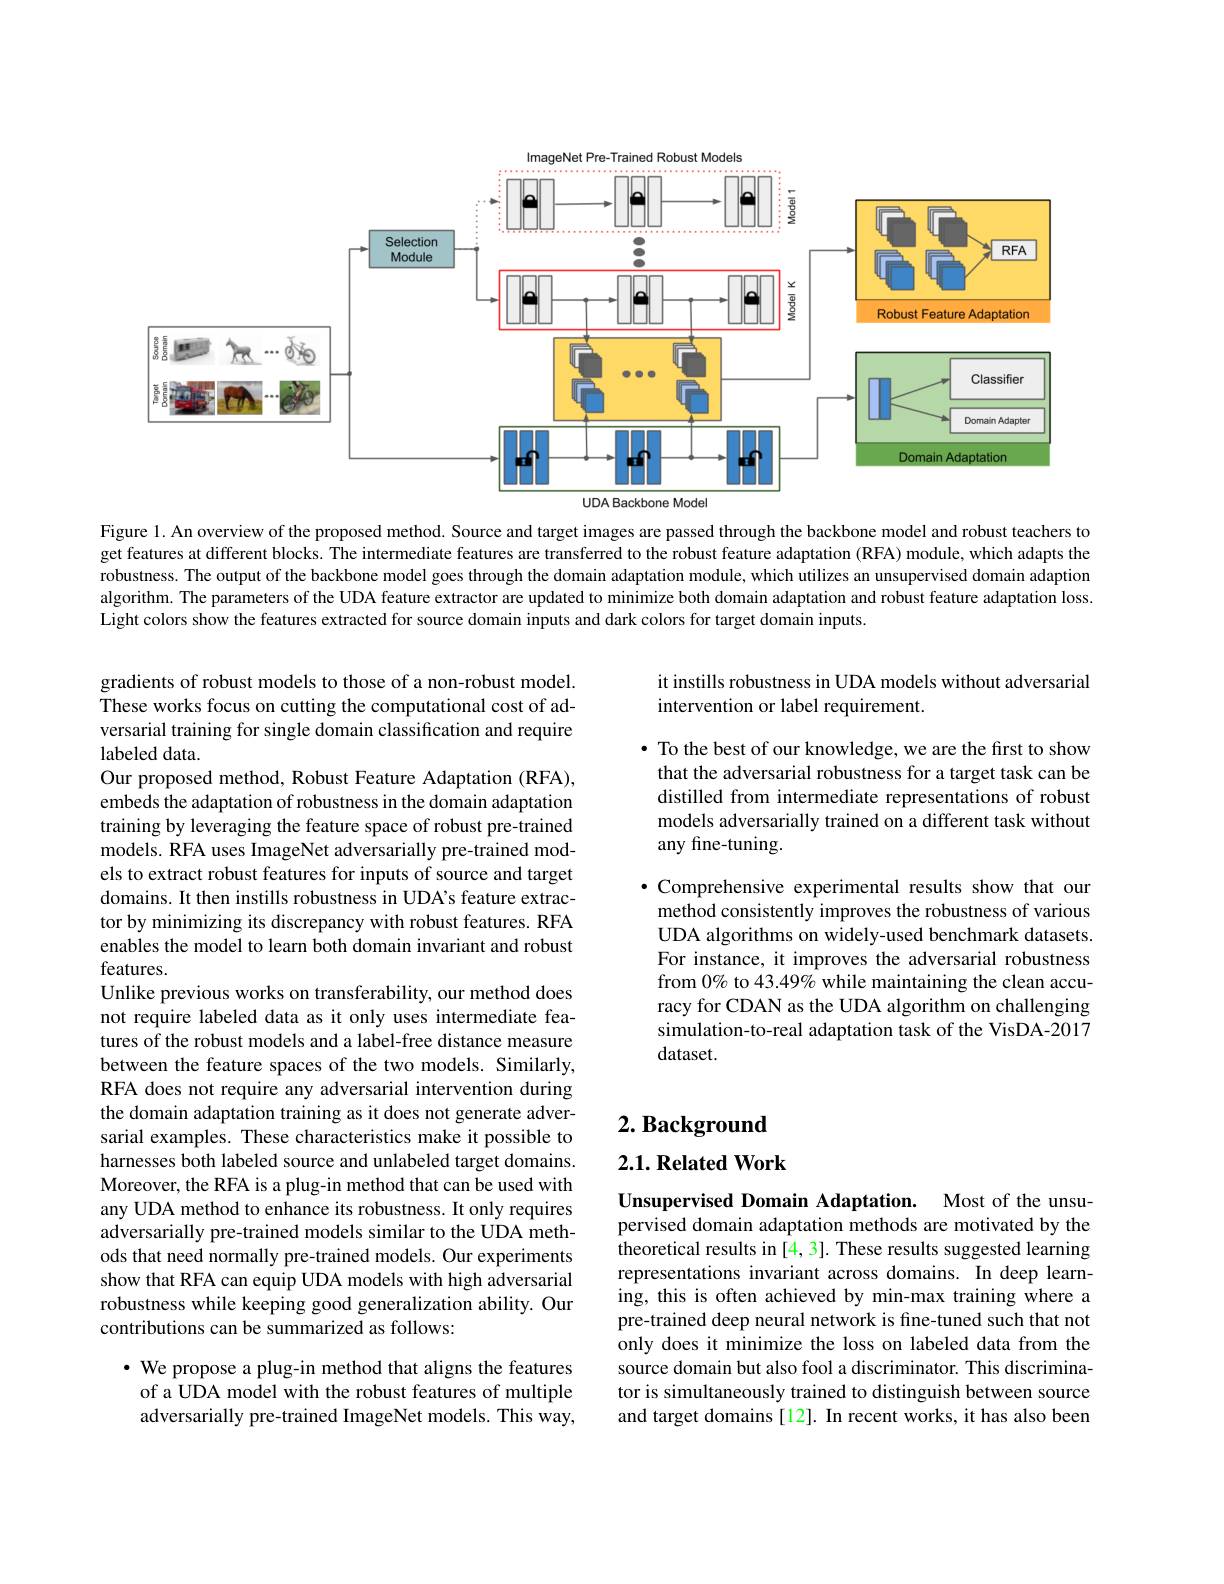
<FigureHere>

Figure 1. An overview of the proposed method. Source and target images are passed through the backbone model and robust teachers to get features at different blocks. The intermediate features are transferred to the robust feature adaptation (RFA) module, which adapts the robustness. The output of the backbone model goes through the domain adaptation module, which utilizes an unsupervised domain adaption algorithm. The parameters of the UDA feature extractor are updated to minimize both domain adaptation and robust feature adaptation loss. Light colors show the features extracted for source domain inputs and dark colors for target domain inputs.

it instills robustness in UDA models without adversarial
intervention or label requirement.

$\bullet$ To the best of our knowledge, we are the first to show that the adversarial robustness for a target task can be distilled from intermediate representations of robust models adversarially trained on a different task without any fine-tuning.

$\bullet$ Comprehensive experimental results show that our method consistently improves the robustness of various UDA algorithms on widely-used benchmark datasets. For instance, it improves the adversarial robustness from $0\%$ to 43.49% while maintaining the clean accuracy for CDAN as the UDA algorithm on challenging simulation-to-real adaptation task of the VisDA-2017 dataset.

gradients of robust models to those of a non-robust model. These works focus on cutting the computational cost of adversarial training for single domain classification and require $labeleddata.$
Our proposed method, Robust Feature Adaptation (RFA), embeds the adaptation of robustness in the domain adaptation training by leveraging the feature space of robust pre-trained models. RFA uses ImageNet adversarially pre-trained models to extract robust features for inputs of source and target domains. It then instills robustness in UDA's feature extractor by minimizing its discrepancy with robust features. RFA enables the model to learn both domain invariant and robust features.
Unlike previous works on transferability, our method does not require labeled data as it only uses intermediate features of the robust models and a label-free distance measure between the feature spaces of the two models. Similarly, RFA does not require any adversarial intervention during the domain adaptation training as it does not generate adversarial examples. These characteristics make it possible to harnesses both labeled source and unlabeled target domains. Moreover, the RFA is a plug-in method that can be used with any UDA method to enhance its robustness. It only requires adversarially pre-trained models similar to the UDA methods that need normally pre-trained models. Our experiments show that RFA can equip UDA models with high adversarial robustness while keeping good generalization ability. Our contributions can be summarized as follows:
$\cdot$ We propose a plug-in method that aligns the features

# $2. \textbf{ Background}$

## $2. 1. \textbf{Related Work}$

Unsupervised Domain Adaptation. Most of the unsupervised domain adaptation methods are motivated by the theoretical results in [4,3]. These results suggested learning representations invariant across domains. In deep learning, this is often achieved by min-max training where a pre-trained deep neural network is fine-tuned such that not only does it minimize the loss on labeled data from the source domain but also fool a discriminator. This discriminator is simultaneously trained to distinguish between source and target domains [12]. In recent works, it has also been

of a UDA model with the robust features of multiple adversarially pre-trained ImageNet models. This way,